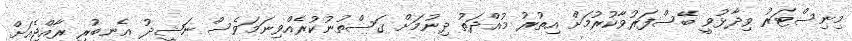
މިނިސްޓަރު ވިދާޅުވީ ބޭސްފަރުވާކުރުމަށް އިތުުރު މުއްދަތު ދިނުމަށް ގަސްތުނުކުރެއްވިނަމަވެސް ނަޝީދު އެނބުރި ރާއްޖެއަށް